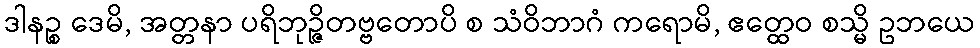
ဒါနဉ္စ ဒေမိ, အတ္တနာ ပရိဘုဉ္ဇိတဗ္ဗတောပိ စ သံဝိဘာဂံ ကရောမိ, ဧတ္ထေဝ စသ္မိ ဥဘယေ